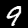
Digit: 9